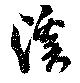
溪